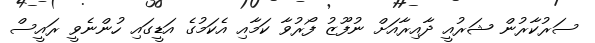
ސަރުކާރުން ޝަރުއީ ދާއިރާއަށް ނުފޫޒު ފޯރުވާ ކަމާއި އެކަމުގެ އަޑީގައި ހުންނެވީ ރައީސް